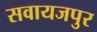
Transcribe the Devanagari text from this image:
सवायजपुर